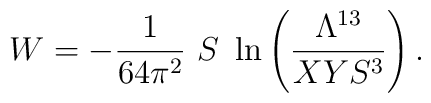
W = - {1 \over {64\pi^2}}       \ S \ \ln \left( {{\Lambda^{13}} \over {XYS^3}} \right).